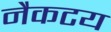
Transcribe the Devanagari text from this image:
नैकटय